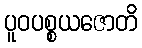
ပူဝပစ္စယဇောတိ